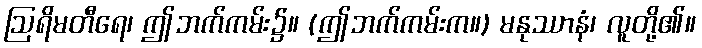
ဩရိမတီရေ၊ ဤဘက်ကမ်း၌။ (ဤဘက်ကမ်းက။) မနုဿာနံ၊ လူတို့၏။